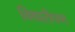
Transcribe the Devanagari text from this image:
विषारीपण